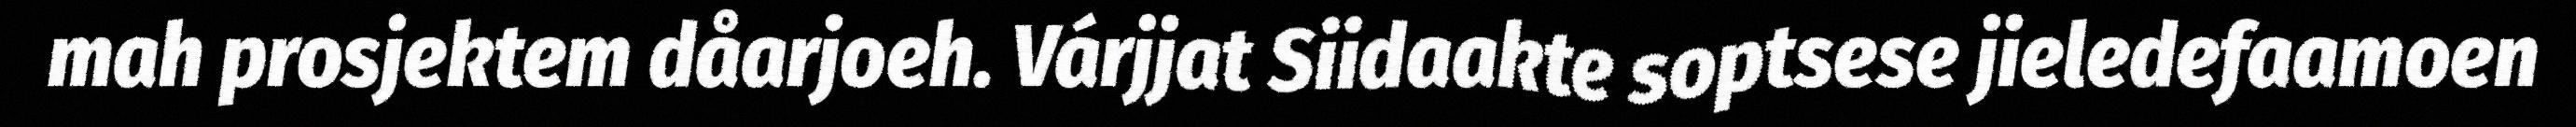
mah prosjektem dåarjoeh. Várjjat Siidaakte soptsese jieledefaamoen